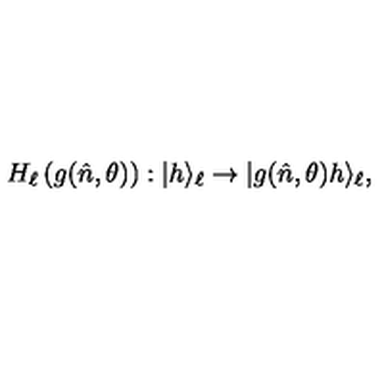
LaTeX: H _ { \ell } \left( g ( \hat { n } , \theta ) \right) : | h \rangle _ { \ell } \to | g ( \hat { n } , \theta ) h \rangle _ { \ell } ,